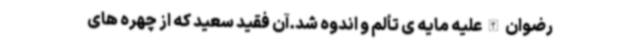
رضوان الله علیه مایه ی تألم و اندوه شد.آن فقید سعید که از چهره های